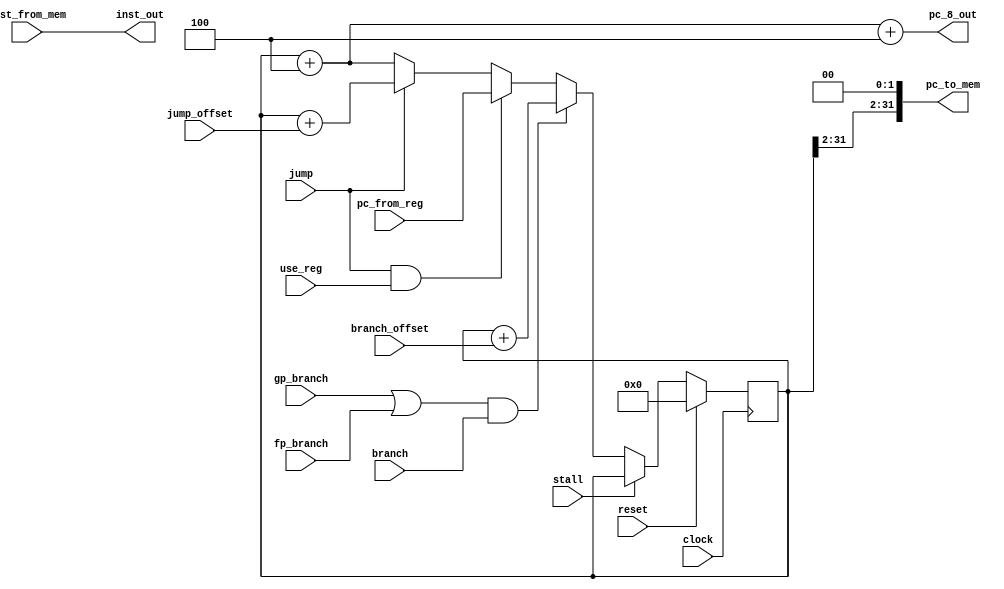
/////////////////////////////////////////////////////////////////////////
//                                                                     //
//   Modulename :  ifu.v                                               //
//                                                                     //
//  Description :  Instruction fetch component of processor. Get       //
//                 the instruction and send it to the decoder          // 
//                                                                     //
//                                                                     //
/////////////////////////////////////////////////////////////////////////

module ifu(
	input clock,                  // system clock
	input reset,                  // system reset
	input branch,                 // whether to branch at all
	input gp_branch,              // taken-branch signal for alu
	input fp_branch,              // taken-branch signal for fpu 
	input jump,                   // jump signal
	input use_reg,                // if JR or JALR
	input stall,
	input [0:31] branch_offset, 
	input [0:31] jump_offset,
	input [0:31] pc_from_reg,            // use if use_reg is TRUE
	input  [0:31] inst_from_mem,          // Data coming back from instruction-memory

	output [0:31] pc_to_mem,              // Address sent to Instruction memory
	output [0:31] pc_8_out,               // PC of to store in reg31 for JAL & JALR (PC+8)
	output [0:31] inst_out                // fetched instruction out
);

	wire [0:31] pc_plus_4;               // Default next pc

	reg [0:31] next_pc;                 // Actual next pc
	reg [0:31] current_pc;              // PC we are currently fetching

	assign pc_to_mem = {current_pc[0:29], 2'b0};

	// pass instruction fetched from memory to output (assumes memory passes back 32 bits)
	assign inst_out = inst_from_mem;

	// default next PC value
	assign pc_plus_4 = current_pc + 4;

	// Pass PC+8 out to reg31
	assign pc_8_out = pc_plus_4 + 4;

	// calculate next pc
	always @(*) begin
		//If branching, next_pc = pc + 4 + signExtend(inst_out[0:15])
		if ((gp_branch || fp_branch) && branch)
			next_pc <= current_pc + branch_offset;
		//If JALR or JR, next_pc = reg31
		else if (jump && use_reg)
			next_pc <= pc_from_reg;
		//If jumping (without reg), next_pc = pc + 4 + signExtend(inst_out[0:25])
		else if (jump)
			next_pc <= current_pc + jump_offset;
		//Default: move to next word in mem, pc = pc + 4
		else
			next_pc <= pc_plus_4;
	end

	// This register holds the PC value
	always@(negedge clock) begin
		if(reset)
			current_pc <= 32'b0;       // initial PC value is 0
		else if(stall)
			current_pc <= current_pc;  //Keep the current PC
		else
			current_pc <= next_pc;    // transition to next PC
	end 

endmodule